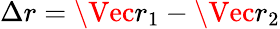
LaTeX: \Delta r=\Vec{{r}_{1}}-\Vec{{r}_{2}}